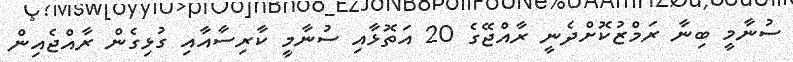
ސުނާމީ ބިނާ ރަމްޒުކޮށްދެނީ ރާއްޖޭގެ 20 އަތޮޅާއި ސުނާމީ ކާރިސާއާއި ގުޅިގެން ރާއްޖެއިން